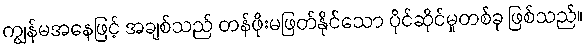
ကျွန်မအနေဖြင့် အချစ်သည် တန်ဖိုးမဖြတ်နိုင်သော ပိုင်ဆိုင်မှုတစ်ခု ဖြစ်သည်။